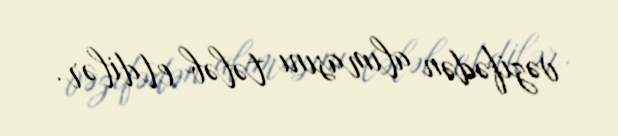
vəzifədən alımasını tələb etdilər.